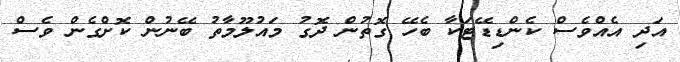
އަދި އެއްވެސް ކެންޑިޑޭޓަކާ ބެހޭ ގޮތުން ދޮގު މައުލޫމާތު ބޭނުން ކޮށްގެން ވެސް